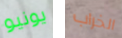
يونيو الخراب